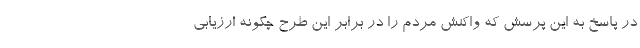
در پاسخ به این پرسش که واکنش مردم را در برابر این طرح چگونه ارزیابی